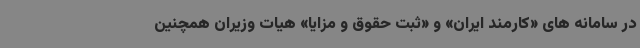
در سامانه های «کارمند ایران» و «ثبت حقوق و مزایا» هیات وزیران همچنین